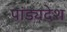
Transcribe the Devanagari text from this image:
पांड्यदेश